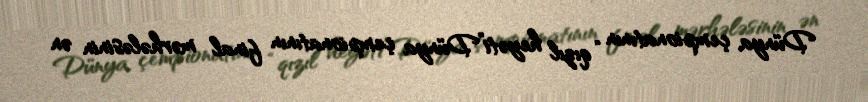
Dünya çempionatının “qızıl heyəti”Dünya çempionatının final mərhələsinin ən